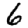
Digit: 6